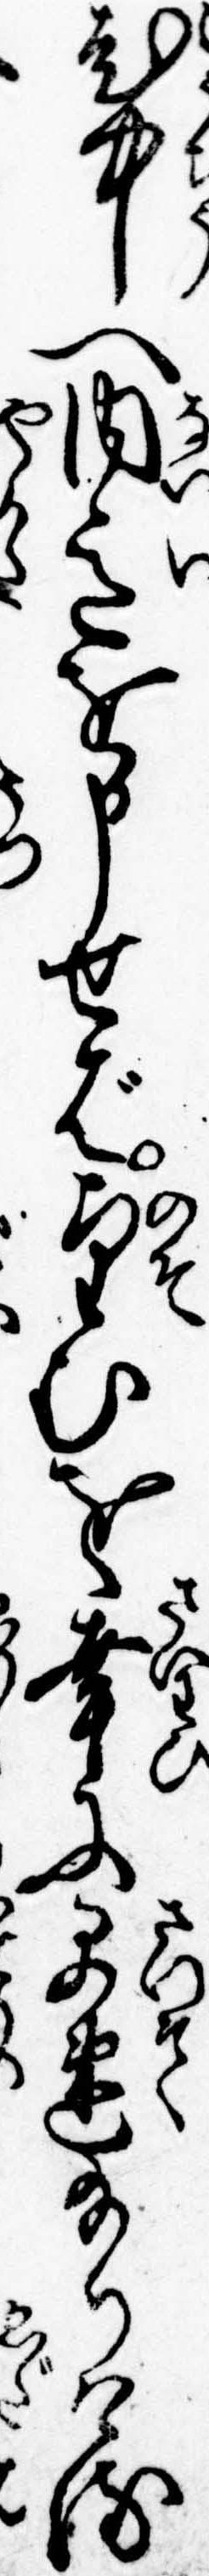
老中へ内意を申せば望むを幸に早速給りける